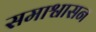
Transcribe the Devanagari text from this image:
समाश्वासन